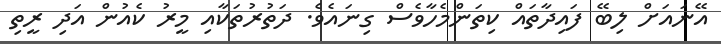
އޭނައަށް ލިބޭ ފައިދާތައް ކިތަންމެހާވެސް ގިނައެވެ. ދަތުރުތަކާއި މީރު ކެއުން އަދި ރީތި